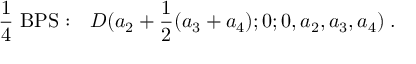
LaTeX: { \frac { 1 } { 4 } } \mathrm { ~ B P S : } \quad { \cal D } ( a _ { 2 } + { \frac { 1 } { 2 } } ( a _ { 3 } + a _ { 4 } ) ; 0 ; 0 , a _ { 2 } , a _ { 3 } , a _ { 4 } ) \; .